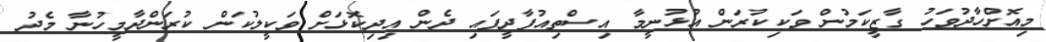
މިއޮށްހާދުވަހު ގާޒީކަމުން ވަކިކުރަން އުޅުނީމާ އިސްތިއުފާދީފައި ދެން އިދިކޮޅަށް ވަކީލުކަން ކުރަންދާމީހުނާ މެދު